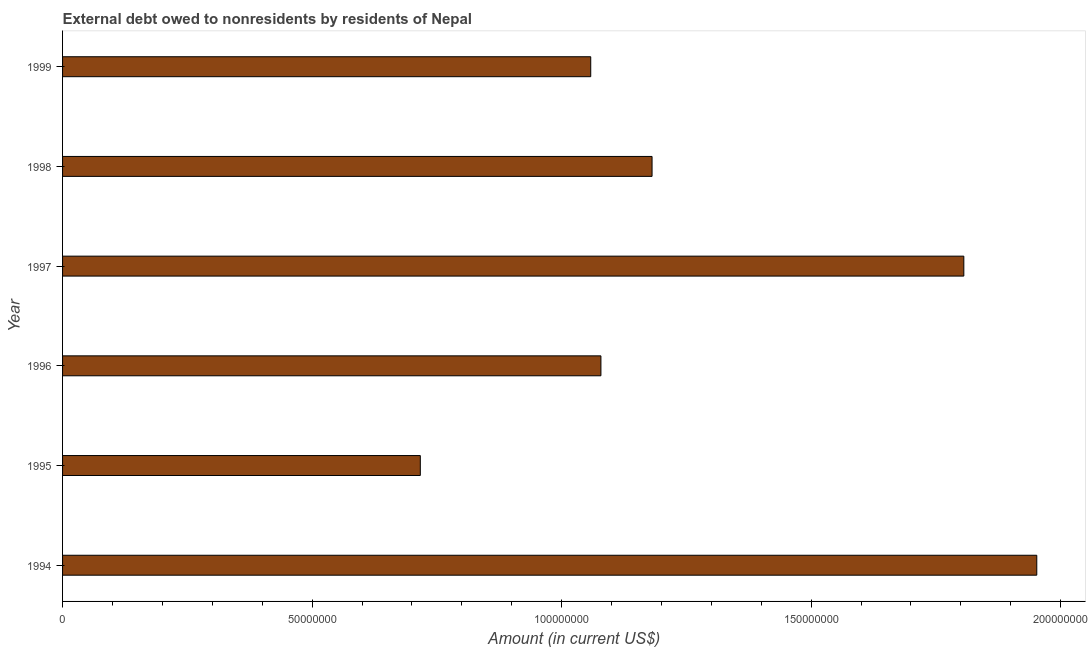
| Year | Debt |
 | --- | --- |
 | 1994 | 1.95e+08 |
 | 1995 | 7.17e+07 |
 | 1996 | 1.08e+08 |
 | 1997 | 1.81e+08 |
 | 1998 | 1.18e+08 |
 | 1999 | 1.06e+08 |